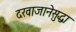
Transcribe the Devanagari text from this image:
दरवाजानेसुद्धा